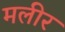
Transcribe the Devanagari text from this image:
मलीर